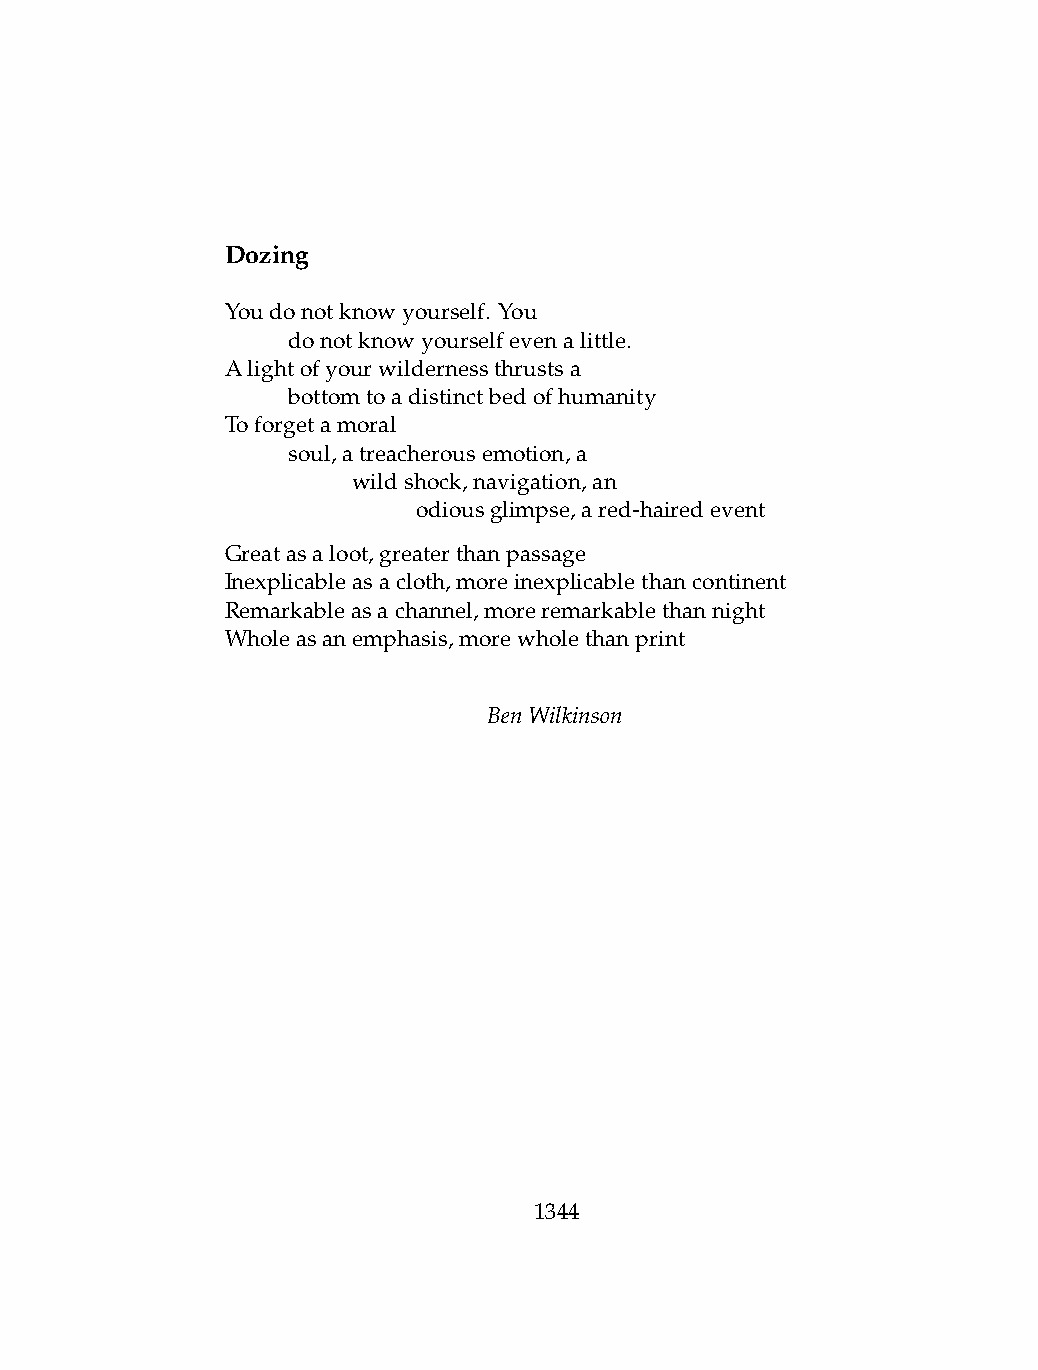
Dozing
 Youdonotknowyourself. You
 .   donotknowyourselfevenalittle.
 Alightofyourwildernessthrustsa
 .   bottomtoadistinctbedofhumanity
 Toforgetamoral
 .   soul,atreacherousemotion,a
 .   .   wildshock,navigation,an
 .   .   .    odiousglimpse,ared-hairedevent
 Greatasaloot,greaterthanpassage
 Inexplicableasacloth,moreinexplicablethancontinent
 Remarkableasachannel,moreremarkablethannight
 Wholeasanemphasis,morewholethanprint
 BenWilkinson
 1344